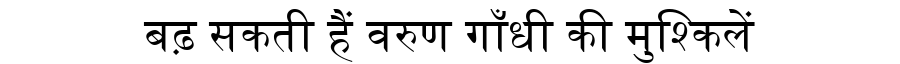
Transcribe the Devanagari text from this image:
बढ़ सकती हैं वरुण गाँधी की मुश्किलें